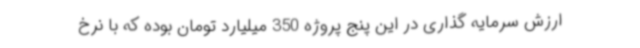
ارزش سرمایه گذاری در این پنج پروژه 350 میلیارد تومان بوده که با نرخ